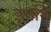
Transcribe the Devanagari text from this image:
इत्तगि